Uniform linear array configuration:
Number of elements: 16
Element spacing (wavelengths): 0.5
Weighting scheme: binomial
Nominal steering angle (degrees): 30
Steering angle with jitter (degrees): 30.06
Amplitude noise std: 0.05
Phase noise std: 0.05

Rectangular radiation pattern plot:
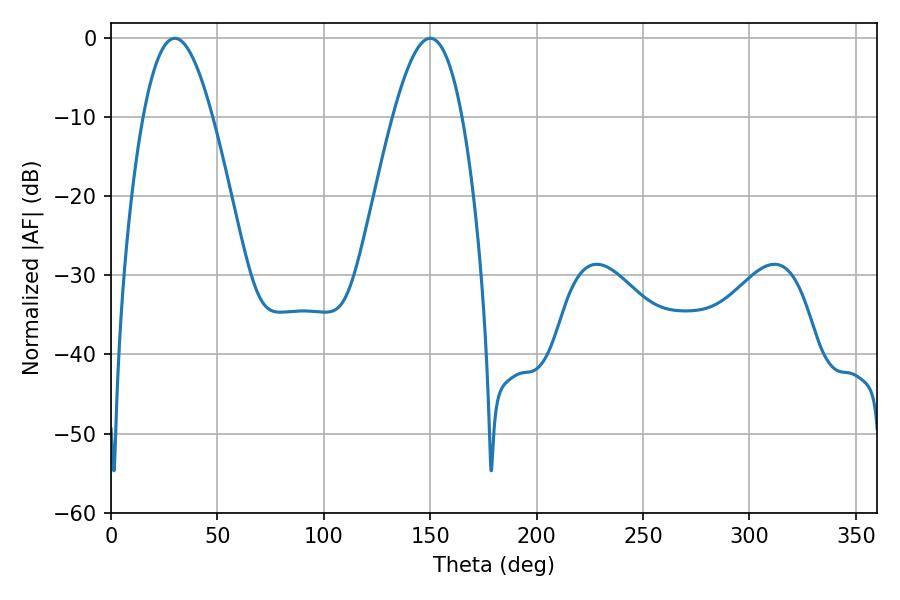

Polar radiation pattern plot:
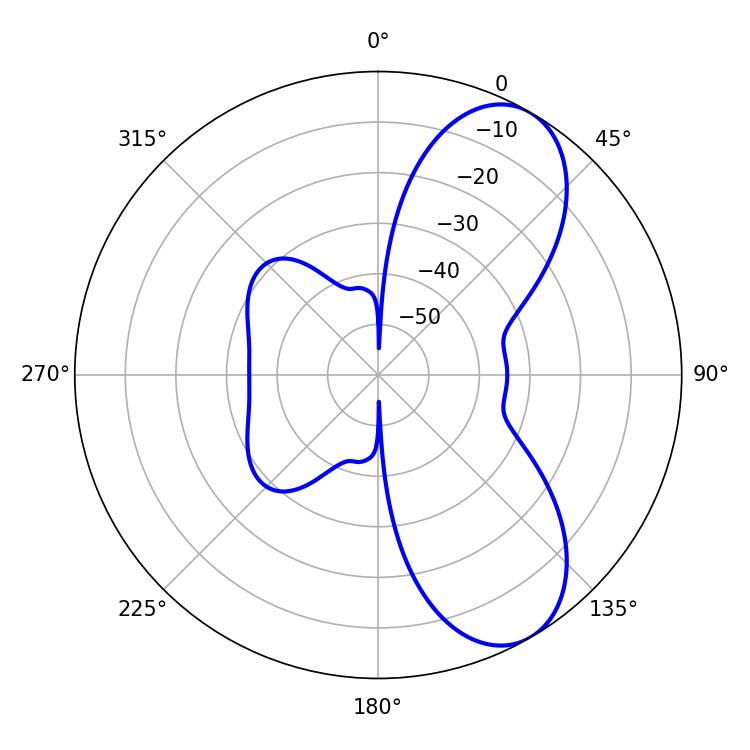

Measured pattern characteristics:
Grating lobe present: FALSE
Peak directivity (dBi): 7.711
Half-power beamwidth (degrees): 17.64
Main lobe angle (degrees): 30.06